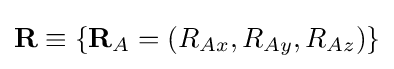
\mathbf {R} \equiv \{\mathbf {R} _{A}=(R_{Ax},R_{Ay},R_{Az})\}